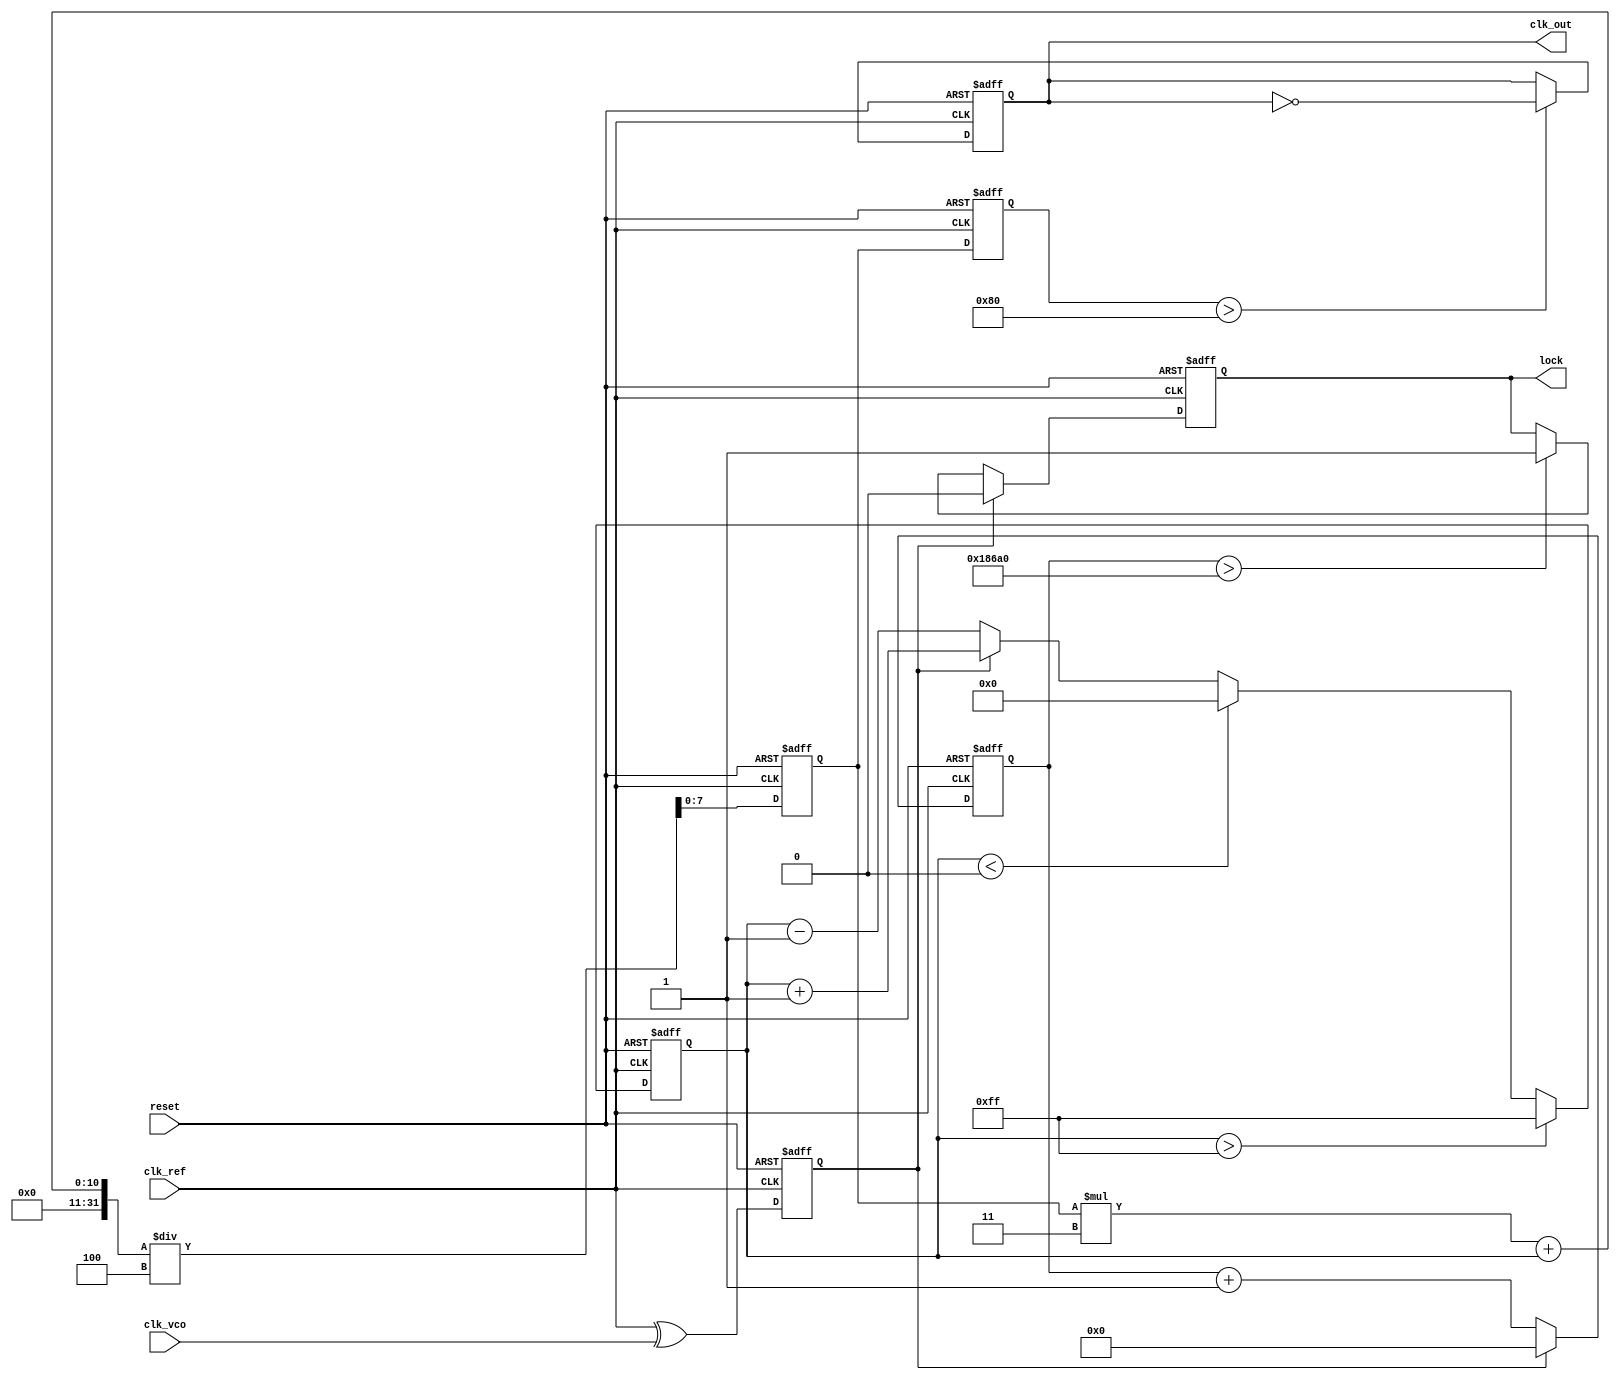
module CP_PLL (
    input wire clk_ref,          // Reference clock input
    input wire clk_vco,          // VCO output clock input (feedback)
    input wire reset,            // Reset signal
    output reg clk_out,          // Output clock
    output reg lock              // Lock indicator
);

    // Parameters
    parameter CHARGE_CURRENT = 1; // Charge pump current (up)
    parameter DISCHARGE_CURRENT = 1; // Charge pump current (down)
    parameter FILTER_CONSTANT = 4; // Loop filter constant
    parameter VCO_MAX = 255; // Max VCO control voltage
    parameter VCO_MIN = 0;   // Min VCO control voltage

    // Internal signals
    reg [7:0] control_voltage; // Control voltage for VCO
    reg phase_error;           // Phase error signal
    reg [7:0] vco_output;      // VCO output frequency
    reg [31:0] counter;        // Counter for lock detection

    // Phase Detector
    always @(posedge clk_ref or posedge reset) begin
        if (reset) begin
            phase_error <= 0;
        end else begin
            // Simple XOR phase detector
            phase_error <= clk_ref ^ clk_vco;
        end
    end

    // Charge Pump
    always @(posedge clk_ref or posedge reset) begin
        if (reset) begin
            control_voltage <= 8'b0;
        end else begin
            if (phase_error) begin
                // Charge pump logic
                control_voltage <= control_voltage + CHARGE_CURRENT;
            end else begin
                control_voltage <= control_voltage - DISCHARGE_CURRENT;
            end

            // Clamp control voltage to VCO limits
            if (control_voltage > VCO_MAX)
                control_voltage <= VCO_MAX;
            else if (control_voltage < VCO_MIN)
                control_voltage <= VCO_MIN;
        end
    end

    // Loop Filter (simple first-order)
    reg [7:0] filtered_voltage;
    always @(posedge clk_ref or posedge reset) begin
        if (reset) begin
            filtered_voltage <= 0;
        end else begin
            filtered_voltage <= (filtered_voltage * (FILTER_CONSTANT - 1) + control_voltage) / FILTER_CONSTANT;
        end
    end

    // Voltage-Controlled Oscillator (VCO)
    always @(posedge clk_ref or posedge reset) begin
        if (reset) begin
            vco_output <= 0;
            clk_out <= 0;
        end else begin
            // Example VCO behavior (frequency controlled by filtered voltage)
            // This is a placeholder; actual VCO implementation would vary
            vco_output <= filtered_voltage; 
            clk_out <= (vco_output > 128) ? ~clk_out : clk_out; // Simple toggle based on control voltage
        end
    end

    // Lock Detection
    always @(posedge clk_ref or posedge reset) begin
        if (reset) begin
            lock <= 0;
            counter <= 0;
        end else begin
            // Count stable cycles for lock detection
            if (phase_error == 0) begin
                counter <= counter + 1;
                if (counter > 100000) // Example threshold for lock
                    lock <= 1;
            end else begin
                counter <= 0;
                lock <= 0;
            end
        end
    end

endmodule